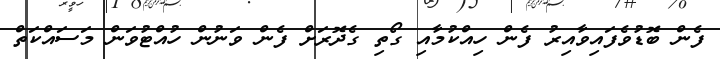
ފެން ބޮޑުވެފައިވާއިރު ފެން ހިއްކުމާއި ގޯތި ގެދޮރަށް ފެން ވަނުން ހުއްޓުވަން މަސައްކަތް